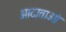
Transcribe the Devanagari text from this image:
आदाताओं